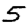
Digit: 5